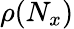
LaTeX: {\rho({N_{x}})}